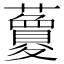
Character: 𧃜